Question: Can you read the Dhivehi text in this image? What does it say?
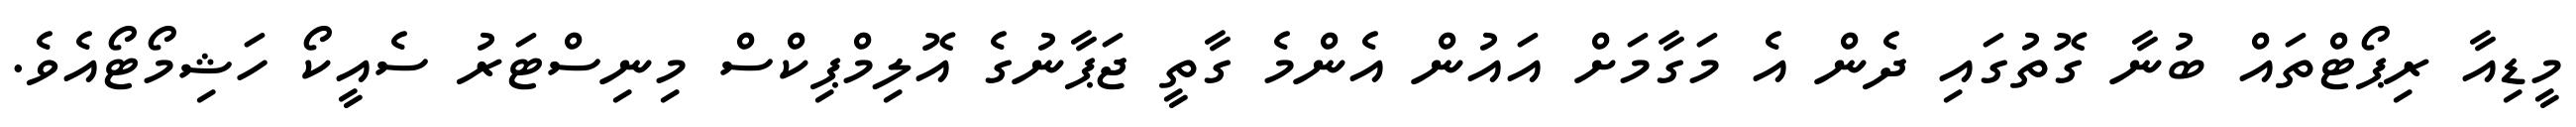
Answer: މީޑިއާ ރިޕޯޓްތައް ބުނާ ގޮތުގައި ދެން އެ މަގާމަށް އައުން އެންމެ ގާތީ ޖަޕާނުގެ އޮލިމްޕިކްސް މިނިސްޓަރު ސެއީކޯ ހަޝިމޯޓޯއެވެ.